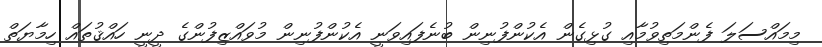
މިމައްސަލަ ފެންމަތިވުމާއި ގުޅިގެން އެކުންފުނިން ބުނެފައިވަނީ އެކުންފުނިން މުވައްޒިފުންގެ ދީނީ ހައްޤުތައް ހިމާޔަތް